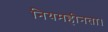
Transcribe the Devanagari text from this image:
नियमहीनता।